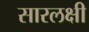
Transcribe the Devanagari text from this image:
सारलक्षी